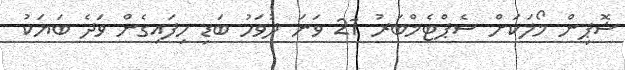
ޝޮޕިން މޯލަކަށް ސެޕްޓެމްބަރު 21 ވަނަ ދުވަހު ބަޑި ހިފައިގެން ވަދެ ބަޔަކު